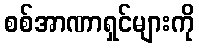
စစ်အာဏာရှင်များကို